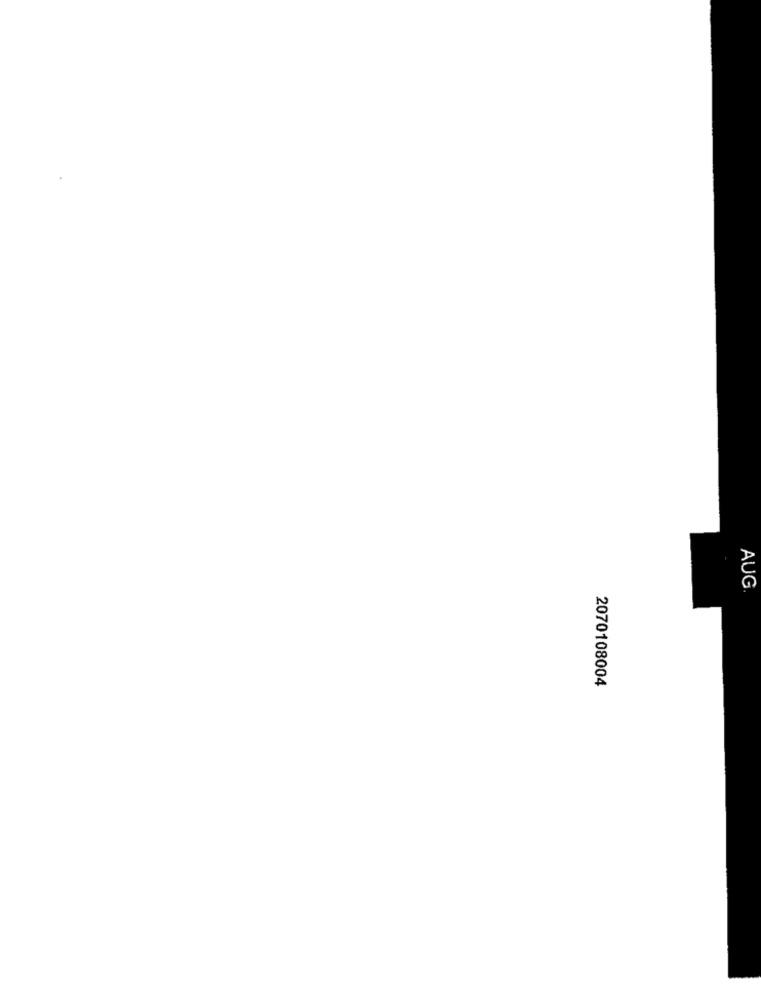
AUG.
2070108004